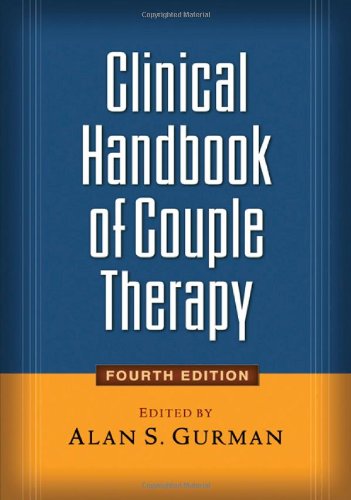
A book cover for Clinical Handbook of Couple Therapy, Fourth Edition; Medical Books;